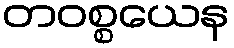
တဝစ္စယေန